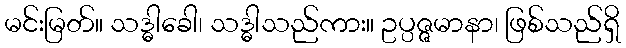
မင်းမြတ်။ သဒ္ဓါခေါ၊ သဒ္ဓါသည်ကား။ ဥပ္ပဇ္ဇမာနာ၊ ဖြစ်သည်ရှိ